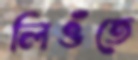
লিওঁতে